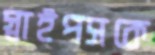
স্নাইপসকে